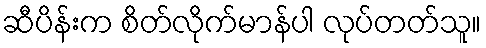
ဆီပိန်းက စိတ်လိုက်မာန်ပါ လုပ်တတ်သူ။